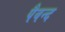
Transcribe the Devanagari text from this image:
पैवन्द